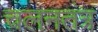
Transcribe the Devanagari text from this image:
चलनतंत्र